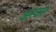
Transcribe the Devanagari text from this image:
अस्वलं